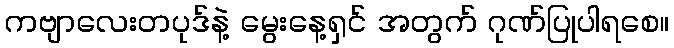
ကဗျာလေးတပုဒ်နဲ့ မွေးနေ့ရှင် အတွက် ဂုဏ်ပြုပါရစေ။